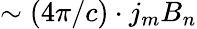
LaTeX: \sim(4\pi/c)\cdot j_{m}B_{n}